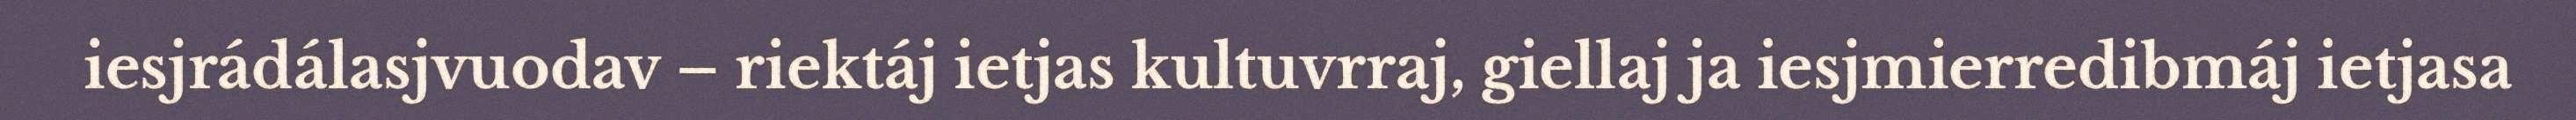
iesjrádálasjvuodav – riektáj ietjas kultuvrraj, giellaj ja iesjmierredibmáj ietjasa